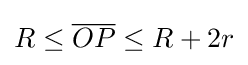
R\leq {\overline {OP}}\leq R+2r